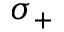
\sigma _ { + }